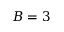
B = 3